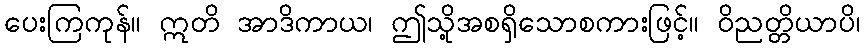
ပေးကြကုန်။ ဣတိ အာဒိကာယ၊ ဤသို့အစရှိသောစကားဖြင့်။ ဝိညတ္တိယာပိ၊